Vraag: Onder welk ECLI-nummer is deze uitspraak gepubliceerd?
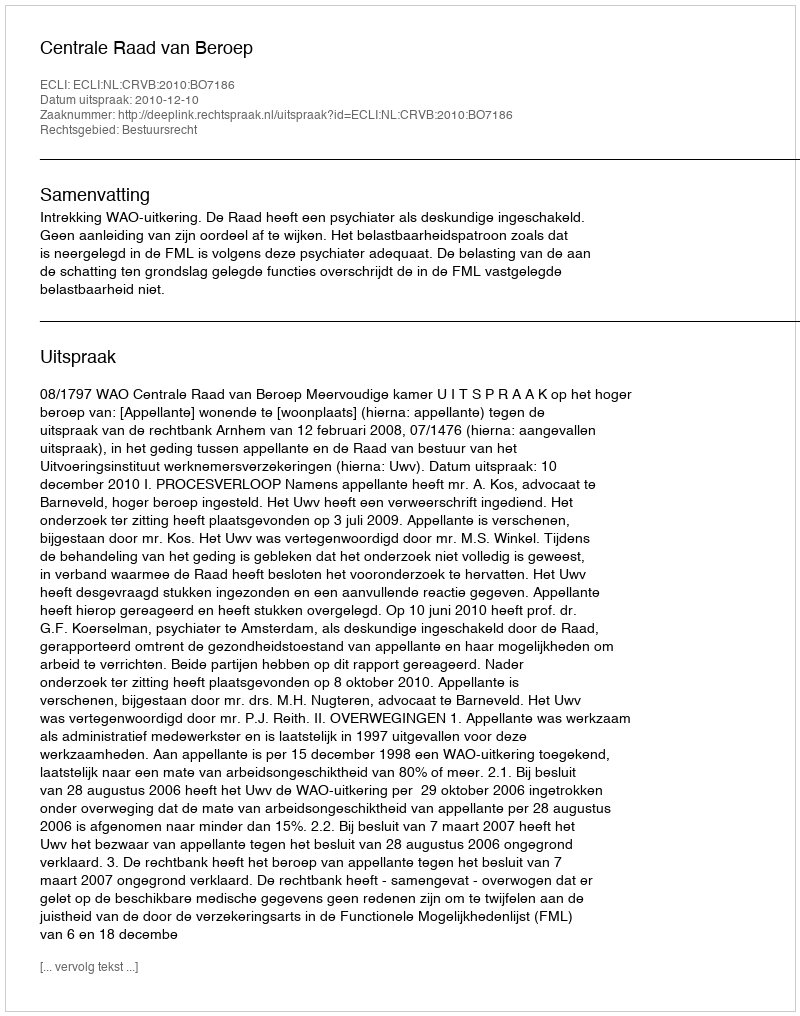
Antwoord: ECLI:NL:CRVB:2010:BO7186